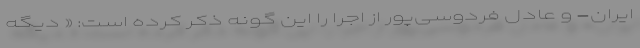
ایران- و عادل فردوسی‌پور از اجرا را این گونه ذکر کرده است: « دیگه